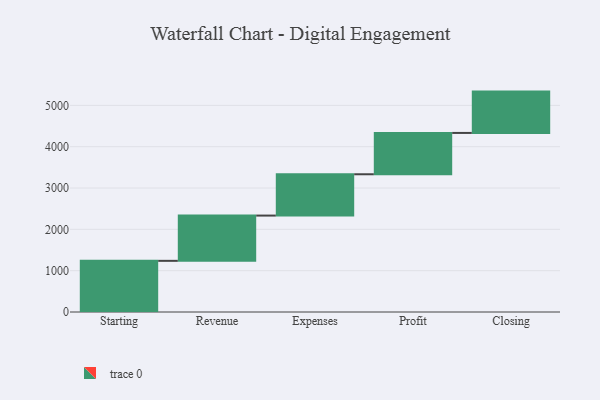
{"axis": {"x": "Step", "y": "Value"}, "legend": [""], "data": [{"x": "Starting", "y": 1238.0, "type": ""}, {"x": "Revenue", "y": 1095.0, "type": ""}, {"x": "Expenses", "y": 1000, "type": ""}, {"x": "Profit", "y": 1000, "type": ""}, {"x": "Closing", "y": 1000, "type": ""}]}